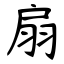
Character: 扇